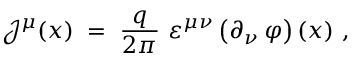
{ \mathcal J } ^ { \mu } ( x ) \; = \; \frac { q } { 2 \pi } ~ \varepsilon ^ { \mu \nu } \left( \partial _ { \nu } \, \varphi \right) ( x ) ~ ,